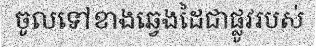
ចូលទៅខាងឆ្វេងដៃជាផ្លូវរបស់